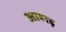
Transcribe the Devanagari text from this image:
आहाड़